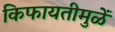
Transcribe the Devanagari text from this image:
किफायतीमुळें